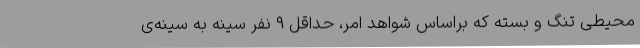
محیطی تنگ و بسته که براساس شواهد امر، حداقل ۹ نفر سینه به سینه‌ی